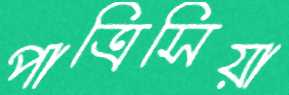
পাত্রিসিয়া